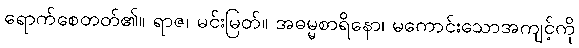
ရောက်စေတတ်၏။ ရာဇ၊ မင်းမြတ်။ အဓမ္မစာရိနော၊ မကောင်းသောအကျင့်ကို